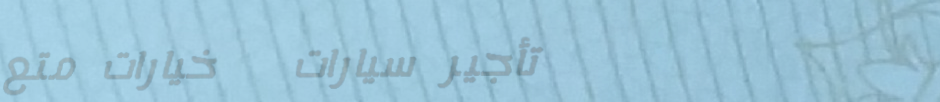
تأجير سيارات   خيارات متع